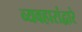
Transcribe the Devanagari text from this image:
व्यवहारांद्वारे